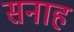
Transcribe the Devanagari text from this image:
सनाह